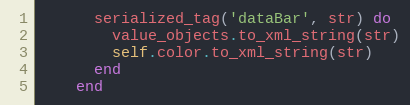
Language: Ruby
      serialized_tag('dataBar', str) do
        value_objects.to_xml_string(str)
        self.color.to_xml_string(str)
      end
    end